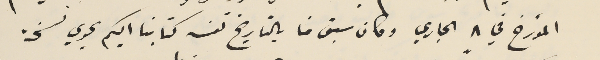
المؤرخ في ٨ الجاري وكان سبق منا بالتاريخ نفسه كتابنا اليكم يحوي نسخة